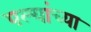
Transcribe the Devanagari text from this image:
पल्यांच्या